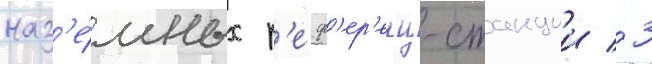
наз'е́мных р'еф'ер'енц-станции / 3